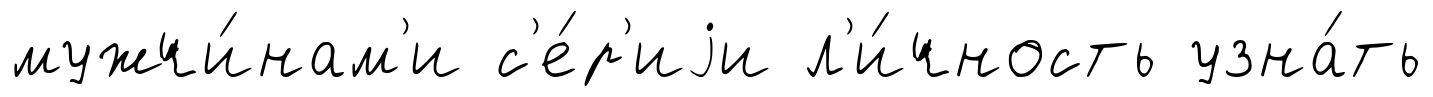
мужчи́нам'и с'е́р'иjи л'и́чность узна́ть